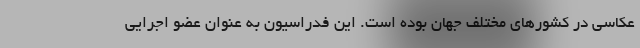
عکاسی در کشورهای مختلف جهان بوده است. این فدراسیون به عنوان عضو اجرایی